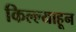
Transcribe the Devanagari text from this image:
किल्ल्याहून